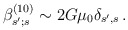
\begin{align*}\beta^{(10)}_{s';s}\sim 2G\mu_0\delta_{s',s}\, .\end{align*}